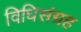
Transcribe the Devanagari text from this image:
विधिसंग्रह